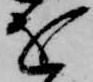
を